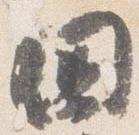
国